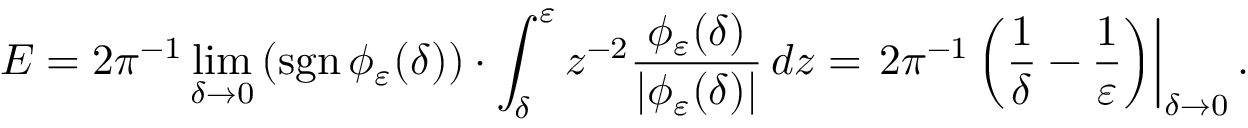
E = 2 \pi ^ { - 1 } \operatorname* { l i m } _ { \delta \to 0 } \left( \operatorname { s g n } \phi _ { \varepsilon } ( \delta ) \right) \cdot \int _ { \delta } ^ { \varepsilon } z ^ { - 2 } \frac { \phi _ { \varepsilon } ( \delta ) } { | \phi _ { \varepsilon } ( \delta ) | } \mathop { } \! { d { z } } = \left. 2 \pi ^ { - 1 } \left( \frac { 1 } { \delta } - \frac { 1 } { \varepsilon } \right) \right| _ { \delta \to 0 } .